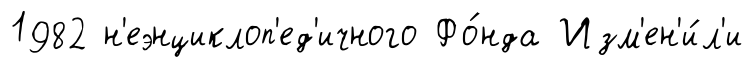
1982 н'еэнциклоп'ед'ичного Фо́нда Изм'ен'и́л'и